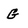
Character: G